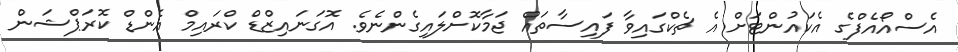
އެސްއޯއެފްގެ އެކައުންޓަށް އެ ޗެކްގައިވާ ފައިސާތައް ޖަމާކޮށްލައިގެންނެވެ. އޮގަނައިޒްޑް ކްރައިމް އެންޑް ކޮރަޕްޝަން